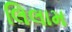
લિલામ